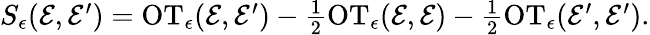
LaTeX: \begin{array}{r}{S_{\epsilon}(\mathcal{E},\mathcal{E}^{\prime})=\mathrm{OT}_{\epsilon}(\mathcal{E},\mathcal{E}^{\prime})-\frac{1}{2}\mathrm{OT}_{\epsilon}(\mathcal{E},\mathcal{E})-\frac{1}{2}\mathrm{OT}_{\epsilon}(\mathcal{E}^{\prime},\mathcal{E}^{\prime}).}\end{array}